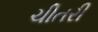
ચીતરી